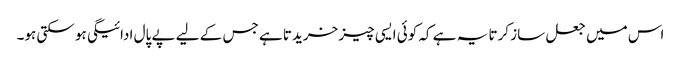
اس میں جعل ساز کرتا یہ ہے کہ کوئی ایسی چیز خریدتا ہے جس کے لیے پے پال ادائیگی ہو سکتی ہو۔